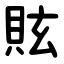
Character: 䝮